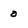
Character: 0